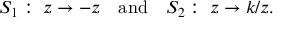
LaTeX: S _ { 1 } : \; z \to - z \quad \mathrm { a n d } \quad S _ { 2 } : \; z \to k / z .